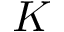
K